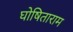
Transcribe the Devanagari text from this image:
घोषिताराम